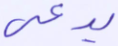
يدعى